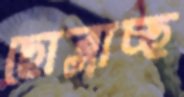
ছোব্‌লাচ্ছ